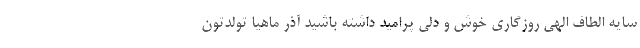
سایه الطاف الهی روزگاری خوش و دلی پرامید داشته باشید آذر ماهیا تولدتون